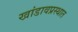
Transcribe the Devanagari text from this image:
खांडावप्रस्थात